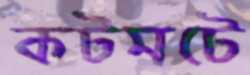
কটমটে